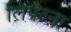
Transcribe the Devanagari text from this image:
लिपटना